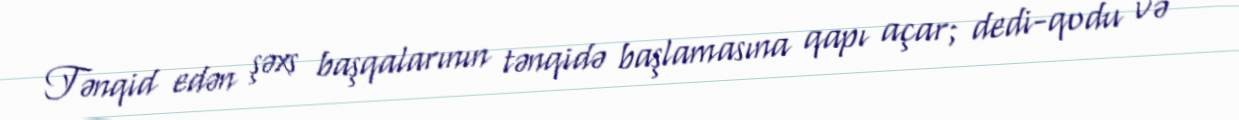
Tənqid edən şəxs başqalarının tənqidə başlamasına qapı açar; dedi-qodu və